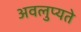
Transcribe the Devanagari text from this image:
अवलुप्यते